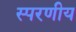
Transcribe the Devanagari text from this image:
स्परणीय